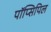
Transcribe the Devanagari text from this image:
पॉप्सिपिल